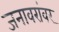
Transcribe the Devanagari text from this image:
जनावरांवर